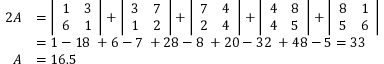
{ \begin{array} { r l } { 2 A } & { = { \left| \begin{array} { l l } { 1 } & { 3 } \\ { 6 } & { 1 } \end{array} \right| } + { \left| \begin{array} { l l } { 3 } & { 7 } \\ { 1 } & { 2 } \end{array} \right| } + { \left| \begin{array} { l l } { 7 } & { 4 } \\ { 2 } & { 4 } \end{array} \right| } + { \left| \begin{array} { l l } { 4 } & { 8 } \\ { 4 } & { 5 } \end{array} \right| } + { \left| \begin{array} { l l } { 8 } & { 1 } \\ { 5 } & { 6 } \end{array} \right| } } \\ & { = 1 - 1 8 \; + 6 - 7 \; + 2 8 - 8 \; + 2 0 - 3 2 \; + 4 8 - 5 = 3 3 } \\ { A } & { = 1 6 . 5 } \end{array} }